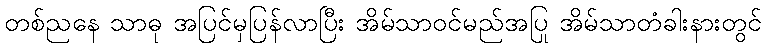
တစ်ညနေ သာဓု အပြင်မှပြန်လာပြီး အိမ်သာဝင်မည်အပြု အိမ်သာတံခါးနားတွင်